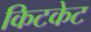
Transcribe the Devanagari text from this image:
किटकेट